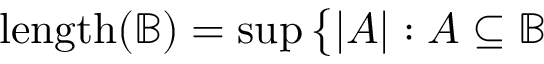
\mathrm { { l e n g t h } } ( { \mathbb { B } } ) = \operatorname* { s u p } { \big \{ } | A | : A \subseteq { \mathbb { B } }